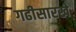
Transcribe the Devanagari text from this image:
गढीसारखे